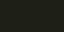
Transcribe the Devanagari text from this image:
४२५९